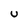
Character: U